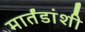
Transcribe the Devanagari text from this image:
मार्तंडांशी